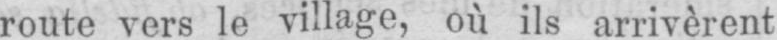
route vers le village, où ils arrivèrent